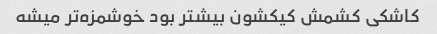
کاشکی کشمش کیکشون بیشتر بود خوشمزه‌تر میشه